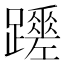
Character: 𨇏